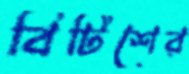
বিটিশের